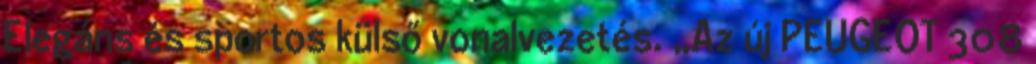
Elegáns és sportos külső vonalvezetés. „Az új PEUGEOT 308